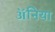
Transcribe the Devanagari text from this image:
ॲनिया